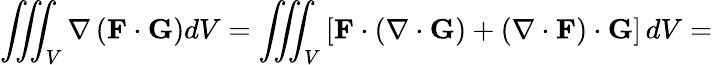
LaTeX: \iiint_{V}\nabla\left(\mathbf{F}\cdot\mathbf{G}\right)dV=\iiint_{V}\left[\mathbf{F}\cdot\left(\nabla\cdot\mathbf{G}\right)+\left(\nabla\cdot\mathbf{F}\right)\cdot\mathbf{G}\right]\, dV=